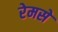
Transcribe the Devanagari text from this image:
रेमसे